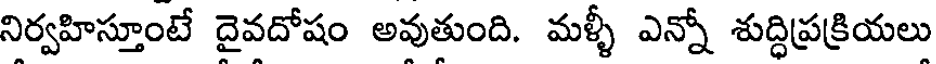
నిర్వహిస్తూంటే దైవదోషం అవుతుంది. మళ్ళీ ఎన్నో శుద్ధిప్రక్రియలు